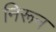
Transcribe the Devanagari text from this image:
निरून